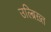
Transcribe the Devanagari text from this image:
उल्ब्रिख़्त